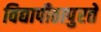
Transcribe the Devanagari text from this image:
विद्यापीठापुरते